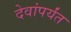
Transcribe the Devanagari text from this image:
देवांपर्यंत